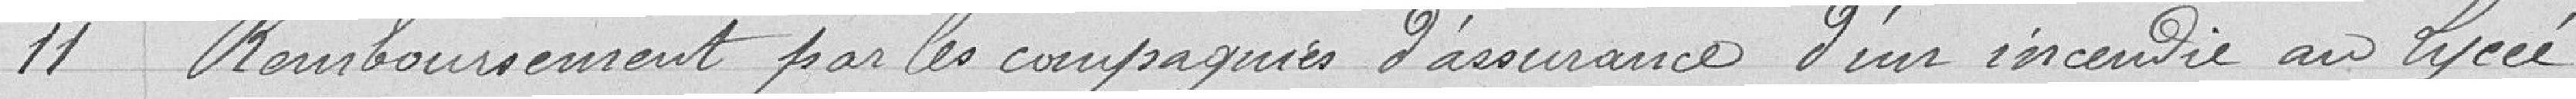
11 Remboursement par les compagnies d'assurance d'un incendie au lycée